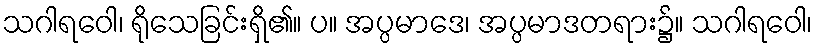
သဂါရဝေါ၊ ရိုသေခြင်းရှိ၏။ ပ။ အပ္ပမာဒေ၊ အပ္ပမာဒတရား၌။ သဂါရဝေါ၊